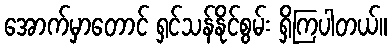
အောက်မှာတောင် ရှင်သန်နိုင်စွမ်း ရှိကြပါတယ်။